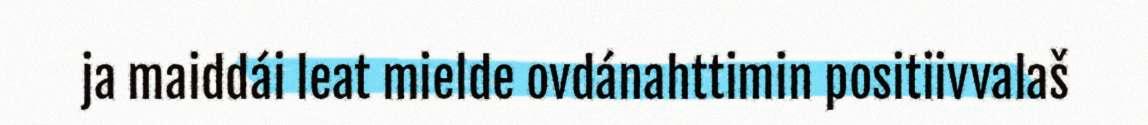
ja maiddái leat mielde ovdánahttimin positiivvalaš